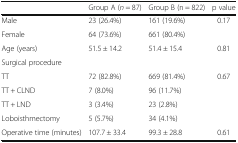
<table><thead><tr><td></td><td><b>Group A (<i>n</i> = 87)</b></td><td><b>Group B (n = 822)</b></td><td><b>p value</b></td></tr></thead><tbody><tr><td>Male</td><td>23 (26.4%)</td><td>161 (19.6%)</td><td>0.17</td></tr><tr><td>Female</td><td>64 (73.6%)</td><td>661 (80.4%)</td><td></td></tr><tr><td>Age (years)</td><td>51.5 ± 14.2</td><td>51.4 ± 15.4</td><td>0.81</td></tr><tr><td colspan="4">Surgical procedure</td></tr><tr><td>TT</td><td>72 (82.8%)</td><td>669 (81.4%)</td><td rowspan="4">0.67</td></tr><tr><td>TT + CLND</td><td>7 (8.0%)</td><td>96 (11.7%)</td></tr><tr><td>TT + LND</td><td>3 (3.4%)</td><td>23 (2.8%)</td></tr><tr><td>Loboisthmectomy</td><td>5 (5.7%)</td><td>34 (4.1%)</td></tr><tr><td>Operative time (minutes)</td><td>107.7 ± 33.4</td><td>99.3 ± 28.8</td><td>0.61</td></tr></tbody></table>